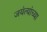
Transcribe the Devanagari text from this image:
जयंत्यांच्या